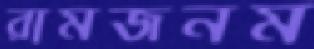
রামজনম